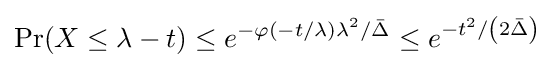
\Pr(X\leq \lambda -t)\leq e^{-\varphi (-t/\lambda )\lambda ^{2}/{\bar {\Delta }}}\leq e^{-t^{2}/\left(2{\bar {\Delta }}\right)}